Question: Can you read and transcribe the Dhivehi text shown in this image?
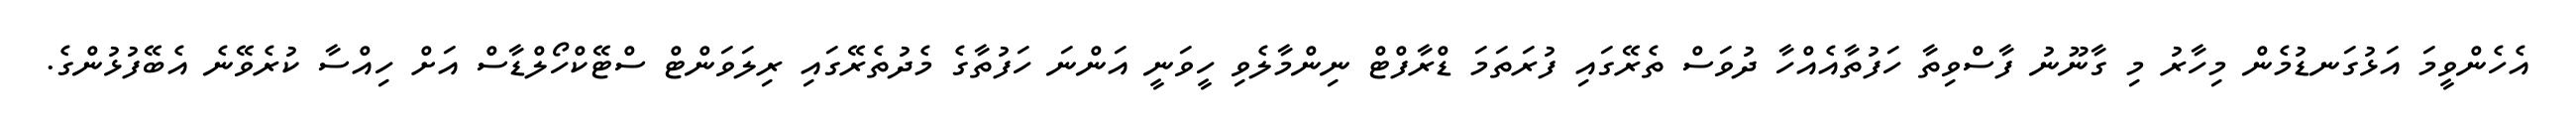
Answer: އެހެންވީމަ އަޅުގަނޑުމެން މިހާރު މި ގާނޫނު ފާސްވިތާ ހަފުތާއެއްހާ ދުވަސް ތެރޭގައި ފުރަތަމަ ޑްރާފްޓް ނިންމާލެވި ހީވަނީ އަންނަ ހަފުތާގެ މެދުތެރޭގައި ރިލަވަންޓް ސްޓޭކްހޯލްޑާސް އަށް ހިއްސާ ކުރެވޭނެ އެބޭފުޅުންގެ.